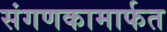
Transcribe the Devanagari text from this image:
संगणकामार्फत